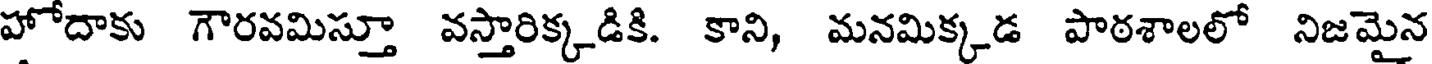
హోదాకు గౌరవమిస్తూ వస్తారిక్కడికి. కాని, మనమిక్కడ పాఠశాలలో నిజమైన